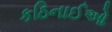
કઠિનાઈઓ